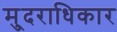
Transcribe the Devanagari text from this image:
मु्दराधिकार